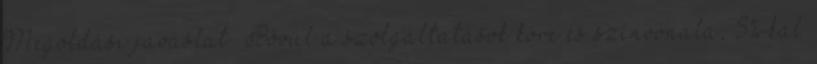
Megoldási javaslat ▪Bővül a szolgáltatások köre és színvonala, 5%-kal